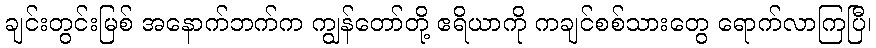
ချင်းတွင်းမြစ် အနောက်ဘက်က ကျွန်တော်တို့ ဧရိယာကို ကချင်စစ်သားတွေ ရောက်လာကြပြီ၊